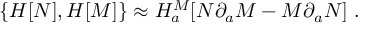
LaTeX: \{ { \cal H } [ N ] , { \cal H } [ M ] \} \approx { \cal H } _ { a } ^ { M } [ N \partial _ { a } M - M \partial _ { a } N ] \ .